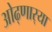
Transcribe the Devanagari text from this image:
ओढ्णार्‍या